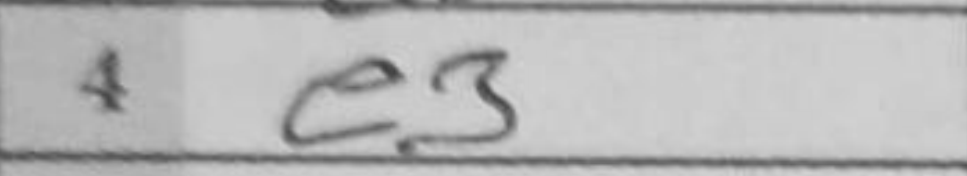
Transcription: e3